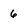
Character: 6